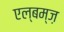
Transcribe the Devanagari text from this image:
एल्बम्ज़